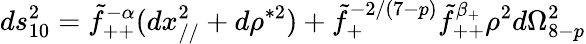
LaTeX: ds_{10}^{2}=\tilde{f}_{++}^{-\alpha}(dx_{//}^{2}+d\rho^{*2})+\tilde{f}_{+}^{-2/(7-p)}\tilde{f}_{++}^{\beta_{+}}\rho^{2}d\Omega_{8-p}^{2}